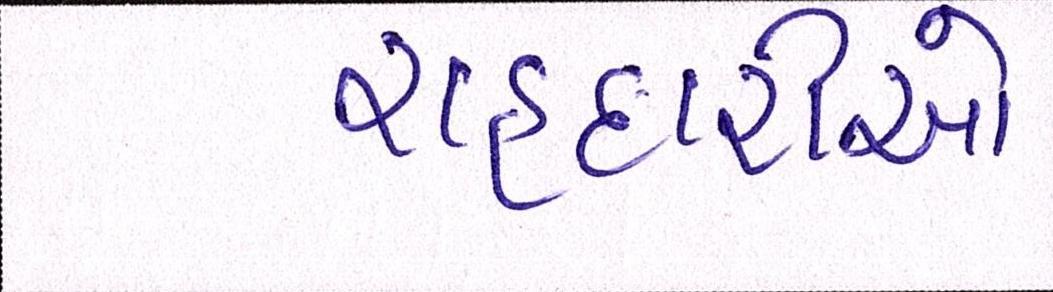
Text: રાહદારીઓ